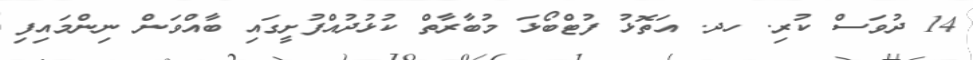
14 ދުވަސް ކުރި. ހދ. އަތޮޅު ފުޓްބޯޅަ މުބާރާތް ކުޅުދުއްފުށީގައި ބާއްވަން ނިންމައިފި